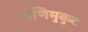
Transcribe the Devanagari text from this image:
मणिमुकुट